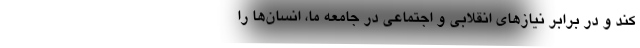
کند و در برابر نیازهای انقلابی و اجتماعی در جامعه ما، انسان‌ها را